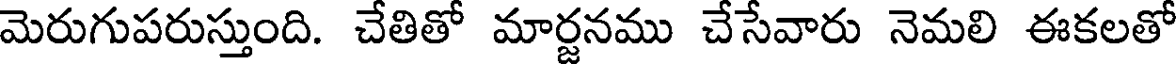
మెరుగుపరుస్తుంది. చేతితో మార్జనము చేసేవారు నెమలి ఈకలతో